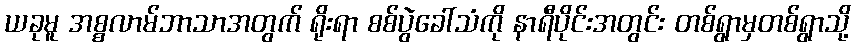
ယခုမူ အစ္စလာမ်ဘာသာအတွက် ရိုးရာ စစ်ပွဲခေါ်သံကို နာရီပိုင်းအတွင်း တစ်ရွာမှတစ်ရွာသို့